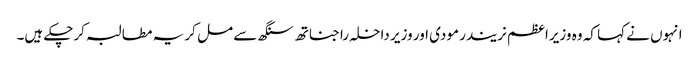
انہوں نے کہا کہ وہ وزیرا عظم نریندر مودی اور وزیر داخلہ راجناتھ سنگھ سے مل کر یہ مطالبہ کرچکے ہیں۔